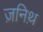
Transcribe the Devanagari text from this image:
ज़निथ़